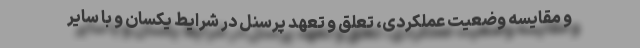
و مقایسه وضعیت عملکردی، تعلق و تعهد پرسنل در شرایط یکسان و با سایر